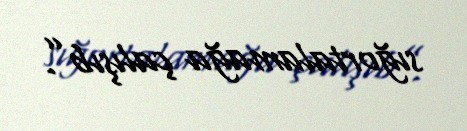
sığortalamağa çalışıb”.